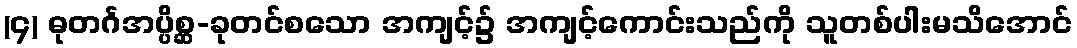
(၄) ဓုတင်္ဂအပ္ပိစ္ဆ-ခုတင်စသော အကျင့်၌ အကျင့်ကောင်းသည်ကို သူတစ်ပါးမသိအောင်